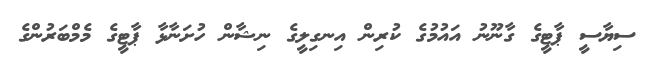
ސިޔާސީ ޕާޓީގެ ގާނޫނު އައުމުގެ ކުރިން އިނގިލީގެ ނިޝާން ހުށަނާޅާ ޕާޓީގެ މެމްބަރުންގެ